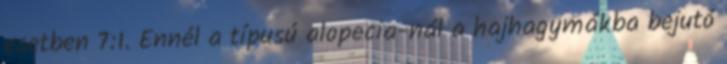
esetben 7:1. Ennél a típusú alopecia-nál a hajhagymákba bejutó